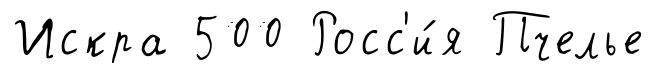
Искра 500 Росс'и́я Пчелье